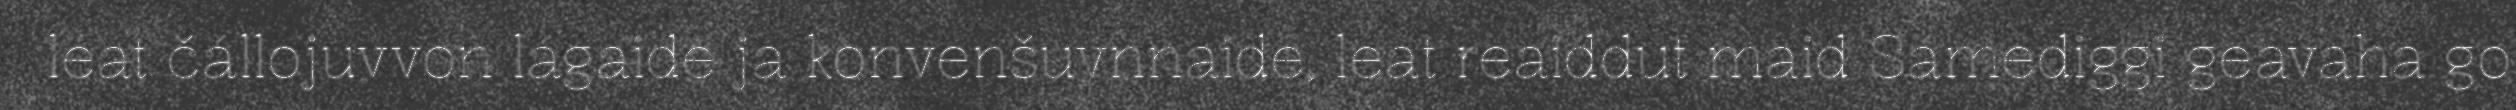
leat čállojuvvon lágaide ja konvenšuvnnaide, leat reaiddut maid Sámediggi geavaha go